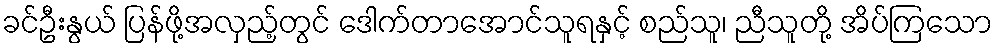
ခင်ဦးနွယ် ပြန်ဖို့အလှည့်တွင် ဒေါက်တာအောင်သူရနှင့် စည်သူ၊ ညီသူတို့ အိပ်ကြသော